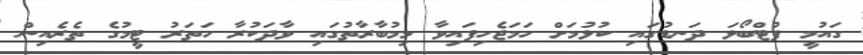
ގައުމީ ފުޓްބޯޅަ ދަނޑުގައި ކުޅުމަށް ހަމަޖެހިފައިވާ މިމުބާރާތުގައި ވާދަކުރާ ހަތަރު ޓީމުގެ ތެރެއިން